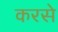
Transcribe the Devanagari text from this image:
करसे